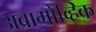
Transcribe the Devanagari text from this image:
अब्रामोव्हिक